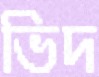
ভিদ